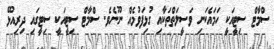
ސްމާޓް ސިޓީއަކީ ހަމައެކަނި ވަސީލަތްތަކާއި ގުޅިފަވުމެއް ނޫނެވެ. ސްމާޓް ސިޓީއަކީ ސިޓީގައި ދިރިއުޅޭ